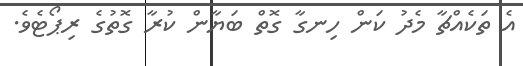
އެ ތަކެއްޗާ މެދު ކަން ހިނގާ ގޮތް ބަޔާން ކުރާ ގޮތުގެ ރިޕޯޓެވެ.